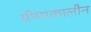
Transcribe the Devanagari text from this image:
ग्रीय्मकालीन